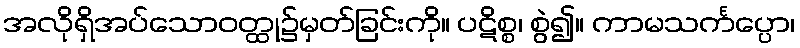
အလိုရှိအပ်သောဝတ္ထု၌မှတ်ခြင်းကို။ ပဋိစ္စ၊ စွဲ၍။ ကာမသင်္ကပ္ပော၊